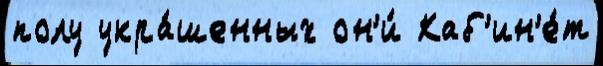
полу укра́шенных он'и́ Каб'ин'е́т